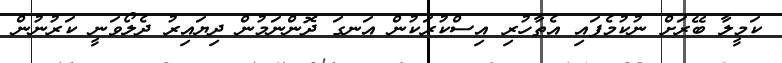
ކަމީލާ ބޭރަށް ނުކުމެފައި އެތާހުރި އިސްކުރަކުން އަނގަ ދޮންނަމުން ދިޔައިރު ދެލޯވަނީ ކަރުނުން